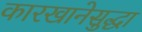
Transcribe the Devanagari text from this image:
कारखानेसुद्धा